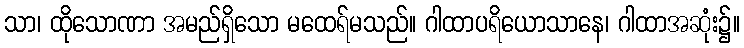
သာ၊ ထိုသောဏာ အမည်ရှိသော မထေရ်မသည်။ ဂါထာပရိယောသာနေ၊ ဂါထာအဆုံး၌။